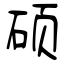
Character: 硕